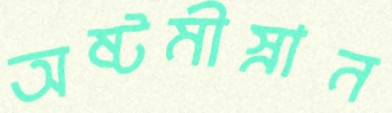
অষ্টমীস্নান